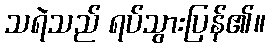
သရဲသည် ရပ်သွားပြန်၏။